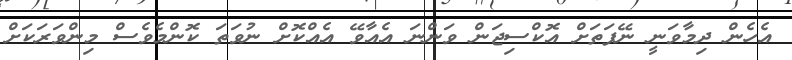
އެހެން ދިމާވަނީ ނޭފަތަށް އޮކްސިޖަން ވަންނަ އެއާވޭ އެއްކޮށް ނުވަތަ ކޮންމެވެސް މިންވަރަަކަށް